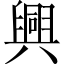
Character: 興